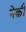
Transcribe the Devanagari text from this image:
नेक़ी